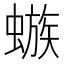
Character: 𲀆